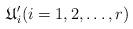
LaTeX: \begin{align*}\mathfrak{U}'_i(i=1,2,\ldots,r)\end{align*}